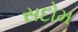
સદોમ